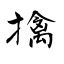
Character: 擒